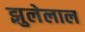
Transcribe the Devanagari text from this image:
झुलेलाल